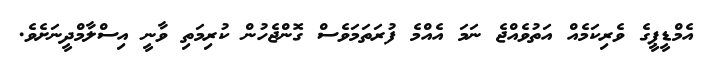
އެމްޑީޕީގެ ވެރިކަމެއް އަތުވެއްޖެ ނަމަ އެއްމެ ފުރަތަމަވެސް ގޮންޖެހުން ކުރިމަތި ވާނީ އިސްލާމްދީނަށެވެ.